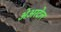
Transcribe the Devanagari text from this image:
अेअरटेल